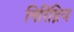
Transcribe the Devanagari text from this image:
निरिंद्रिय